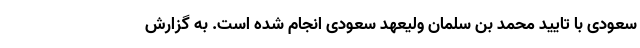
سعودی با تایید محمد بن سلمان ولیعهد سعودی انجام شده است. به گزارش